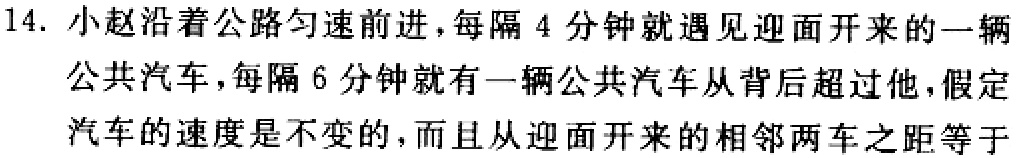
14. 小赵沿着公路匀速前进，每隔 4 分钟就遇见迎面开来的一辆
公共汽车，每隔 6 分钟就有一辆公共汽车从背后超过他，假定
汽车的速度是不变的，而且从迎面开来的相邻两车之距等于